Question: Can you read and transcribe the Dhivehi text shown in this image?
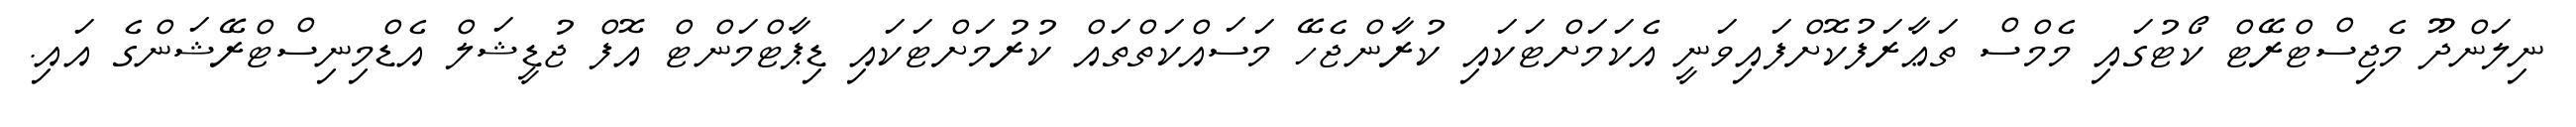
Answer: ނިލަންދޫ މެޖިސްޓްރޭޓް ކޯޓުގައި މެމްސް ތަޢާރަފުކޮށްފައިވަނީ އެކަމަށްޓަކައި ކުރާންޖެހޭ މަސައްކަތްތައް ކުރުމަށްޓަކައި ޑިޕާޓްމަންޓް އޮފް ޖުޑީޝަލް އެޑްމިނިސްޓްރޭޝަންގެ އައި.